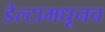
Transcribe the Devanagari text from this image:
डेल्टामधूनच